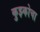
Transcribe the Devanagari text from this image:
कुझ्कोचा